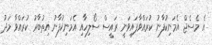
އެ މެސެޖް އެމަނިކުފާނު ކުރައްވާފައިވަނީ ރައީސް ސޯލިހާއި އެމަނިކުފާނު އިތުބާރު ކުރައްވާ މަދު